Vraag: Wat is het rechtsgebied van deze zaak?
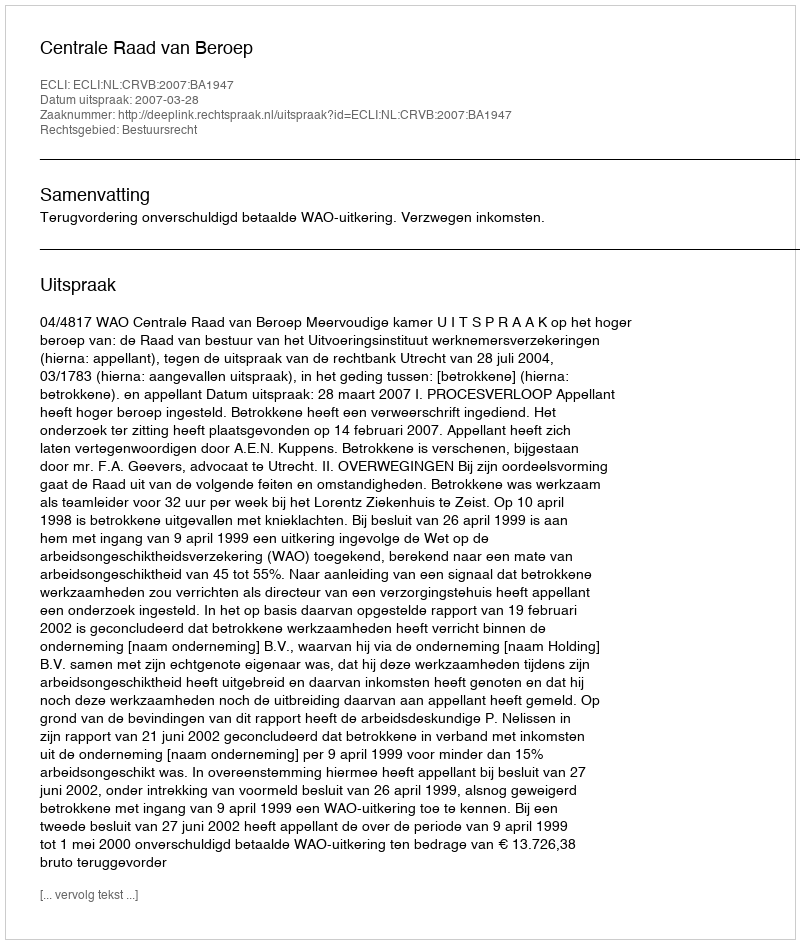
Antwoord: Bestuursrecht